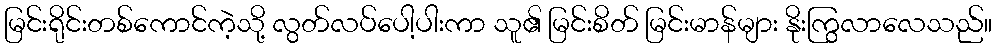
မြင်းရိုင်းတစ်ကောင်ကဲ့သို့ လွတ်လပ်ပေါ့ပါးကာ သူ၏ မြင်းစိတ် မြင်းမာန်များ နိုးကြွလာလေသည်။